Annual report of the Punjab Veterinary College and of the Civil Veterinary Department, Punjab - 1894-1908
Year: 1894
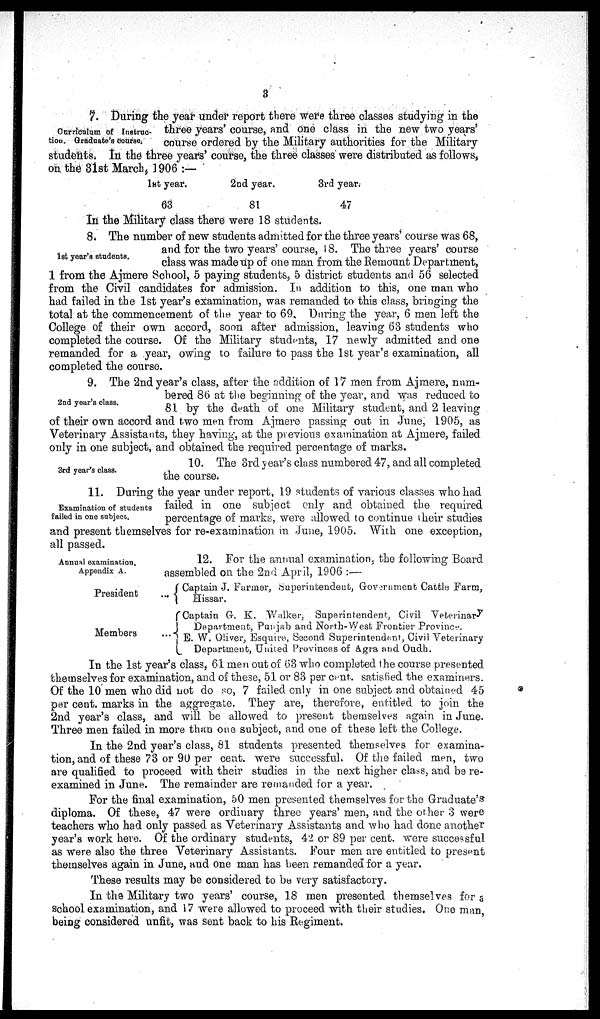
3
Curriculum of Instruc-
tion. Graduate's Course.
7. During the year under report there were three classes studying in the
three years' course, and one class in the new two years'
course ordered by the Military authorities for the Military
students. In the three years' course, the three classes were distributed as follows,
on the 3lst March, 1906 :—
1st year.
63
2nd year.
81
3rd year.
47
In the Military class there were 18 students.
1st year's students.
8. The number of new students admitted for the three years' course was 68,
and for the two years' course, 18. The three years' course
class was made up of one man from the Remount Department,
1 from the Ajmere School, 5 paying students, 5 district students and 56 selected
from the Civil candidates for admission. In addition to this, one man who
had failed in the 1st year's examination, was remanded to this class, bringing the
total at the commencement of the year to 69. During the year, 6 men left the
College of their own accord, soon after admission, leaving 63 students who
completed the course. Of the Military students, 17 newly admitted and one
remanded for a year, owing to failure to pass the 1st year's examination, all
completed the course.
2nd year's class.
9. The 2nd year's class, after the addition of 17 men from Ajmere, num-
bered 86 at the beginning of the year, and was reduced to
81 by the death of one Military student, and 2 leaving
of their own accord and two men from Ajmere passing out in June, 1905, as
Veterinary Assistants, they having, at the previous examination at Ajmere, failed
only in one subject, and obtained the required percentage of marks.
3rd year's class.
10. The 3rd year's class numbered 47, and all completed
the course.
Examination of students
failed in one subject.
11. During the year under report, 19 students of various classes who had
failed in one subject only and obtained the required
percentage of marks, were allowed to continue their studies
and present themselves for re-examination in June, 1905. With one exception,
all passed.
Annual examination.
Appendix A.
12. For the annual examination, the following Board
assembled on the 2nd April, 1906 :—
President
Members
Captain J. Farmer, Superintendent, Government Cattle Farm,
Hissar,
Captain G-. K. Walker. Superintendent, Civil Veterinary
Department, Punjab and North-West Frontier Province.
E. W. Oliver, Esquire, Second Superintendent, Civil Veterinary
Department, United Provinces of Agra and Oudh.
In the 1st year's class, 61 men out of 68 who completed the course presented
themselves for examination, and of these, 51 or 83 per cent. satisfied the examiners.
Of the 10 men who did not do so, 7 failed only in one subject and obtained 45
per cent. marks in the aggregate. They are, therefore, entitled to join the
2nd year's class, and will be allowed to present themselves again in June.
Three men failed in more than one subject, and one of these left the College.
In the 2nd year's class, 61 students presented themselves for examina-
tion, and of these 73 or 90 per cent. were successful. Of the failed men, two
are qualified to proceed with their studies in the next higher class, and be re-
examined in June. The remainder are remanded for a year.
For the final examination, 50 men presented themselves for the Graduate's
diploma. Of these, 47 were ordinary three years' men, and the other 3 were
teachers who had only passed as Veterinary Assistants and who had done another
year's work here. Of the ordinary students, 42 or 89 per cent. were successful
as were also the three Veterinary Assistants. Four men are entitled to present
themselves again in June, and one man has been remanded for a year.
These results may be considered to be very satisfactory.
In the Military two years' course, 18 men presented themselves for a
school examination, and 17 were allowed to proceed with their studies. One man
being considered unfit, was sent back to his Regiment.